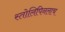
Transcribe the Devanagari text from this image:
स्तोलिपिनलाच